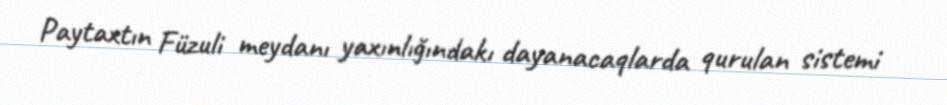
Paytaxtın Füzuli meydanı yaxınlığındakı dayanacaqlarda qurulan sistemi